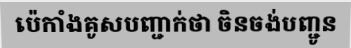
ប៉េកាំងគូសបញ្ជាក់ថា ចិនចង់បញ្ជូន